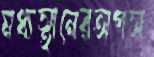
মধ্যস্থানেরঅপস